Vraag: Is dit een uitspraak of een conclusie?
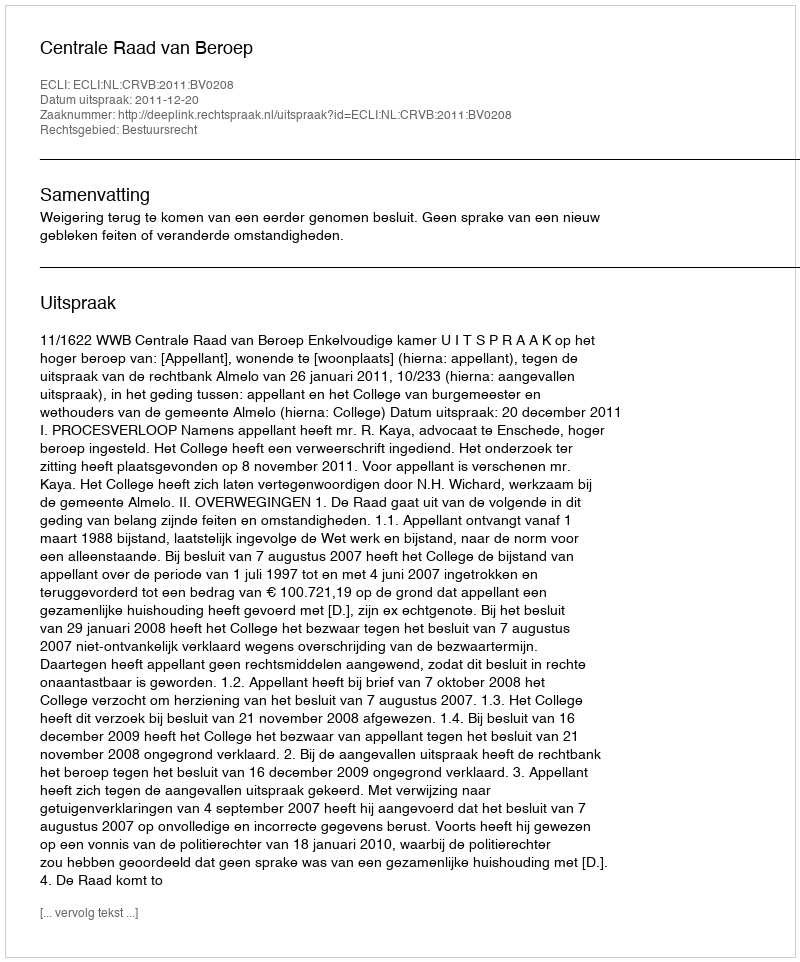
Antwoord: Uitspraak